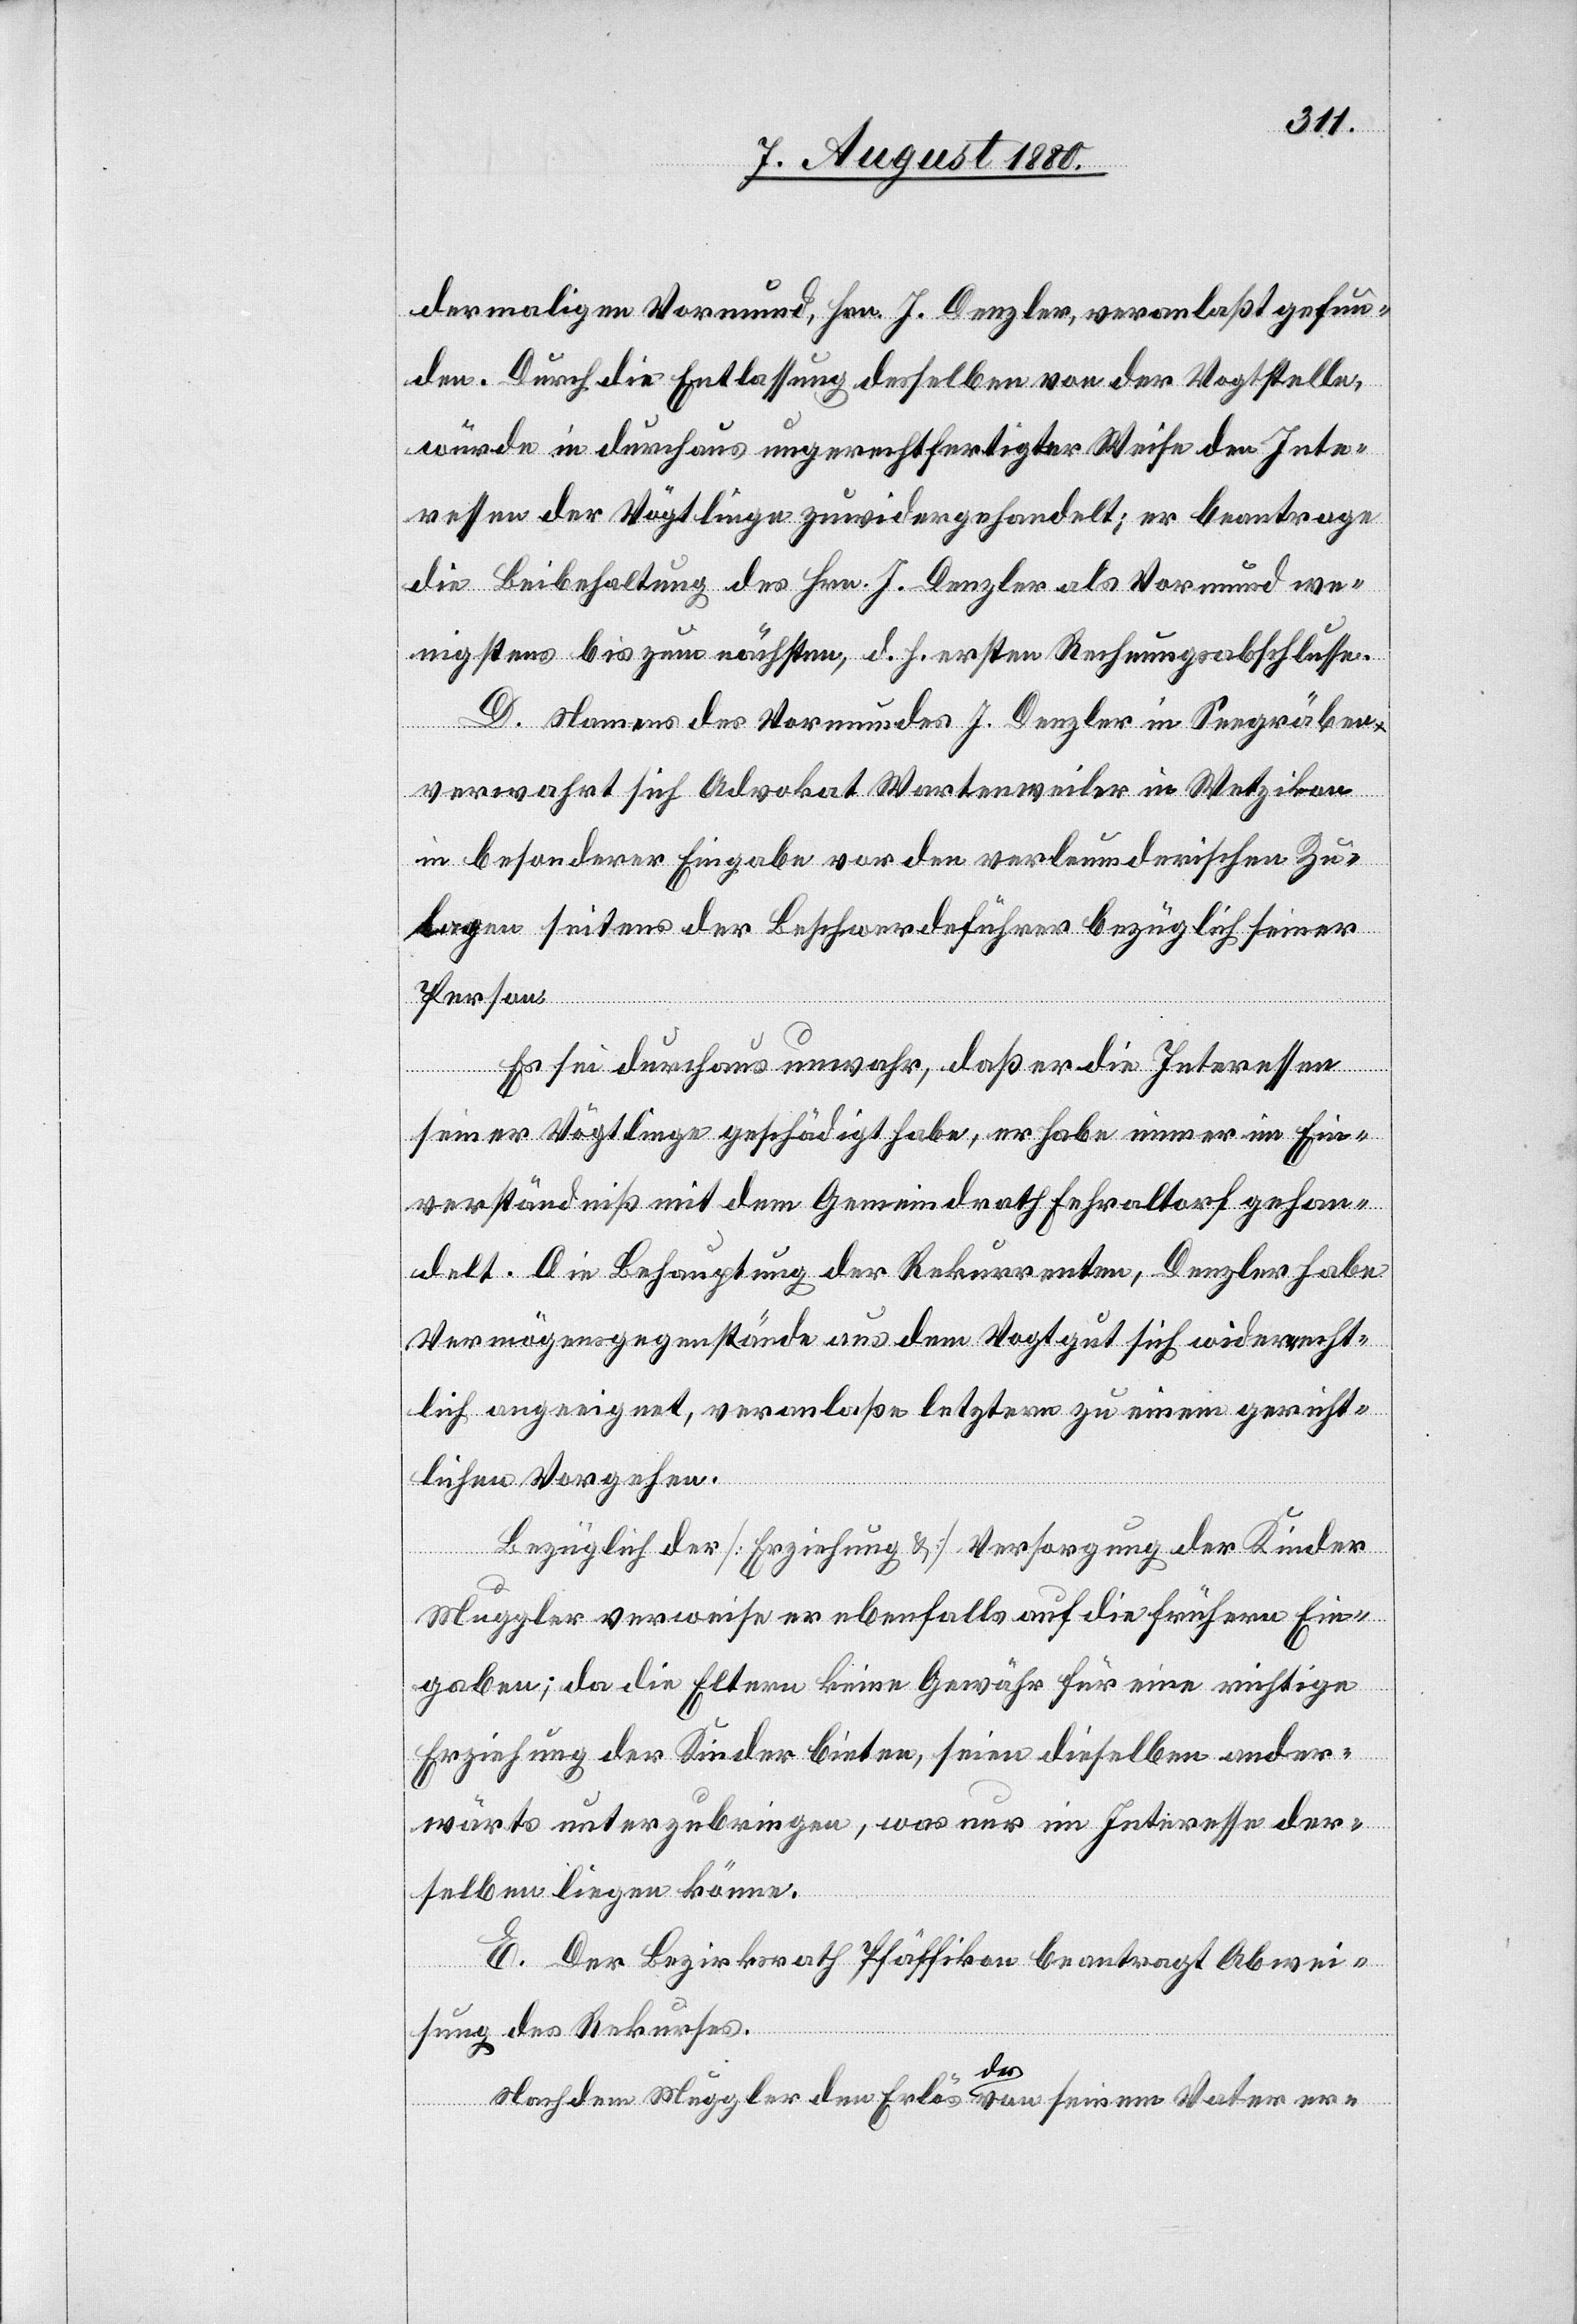
dermaligen Vormund, Hrn. J. Denzler, veranlaßt gefun¬
den. Durch die Entlassung desselben von der Vogtstelle
würde in durchaus ungerechtfertigter Weise den Inte¬
ressen der Vögtlinge zuwidergehandelt; er beantrage
die Beibehaltung des Hrn. J. Denzler als Vormund we¬
nigstens bis zum nächsten, d. h. ersten Rechnungsabschlusse.
D. Namens des Vormundes J. Denzler in Seegräben
verwahrt sich Advokat Wartenweiler in Wetzikon
in besonderer Eingabe von den verleumderischen Zu¬
lagen seitens der Beschwerdeführer bezüglich seiner
Person.
Es sei durchaus unwahr, daß er die Interessen
seiner Vögtlinge geschädigt habe, er habe immer im Ein¬
verständniß mit dem Gemeindrath Fehraltorf gehan¬
delt. Die Behauptung der Rekurrenten, Denzler habe
Vermögensgegenstände aus dem Vogtgut sich wiederrecht¬
lich angeeignet, veranlaße letztern zu einem gericht¬
lichen Vorgehen.
Bezüglich der [Erziehung &] Versorgung der Kinder
Muggler verweise er ebenfalls auf die frühern Ein¬
gaben; da die Eltern keine Gewähr für eine richtige
Erziehung der Kinder bieten, seien dieselben ander¬
wärts unterzubringen, was nur im Interesse der¬
selben liegen könne.
E. Der Bezirksrath Pfäffikon beantragt Abwei¬
sung des Rekurses.
Nachdem Muggler den Erlös davon seinem Vater er-